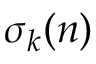
\sigma _ { k } ( n )